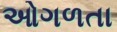
ઓગળતા